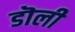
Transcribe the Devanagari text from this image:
डॊली